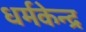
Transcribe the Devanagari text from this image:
धर्मकेन्द्र